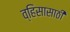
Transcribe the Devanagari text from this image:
व्हिसासाठी